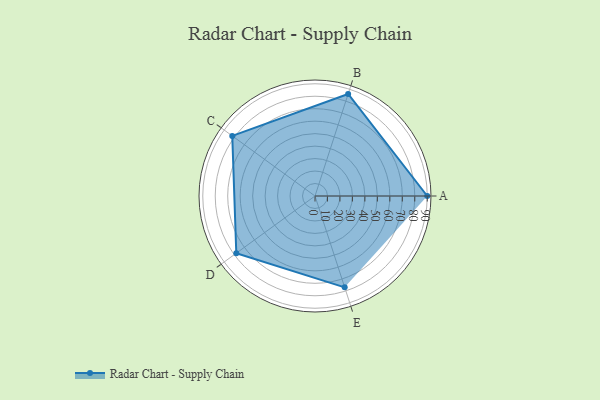
{"axis": {"x": "Skill", "y": "Score"}, "legend": ["Profile"], "data": [{"x": "A", "y": 90.0, "type": "Profile"}, {"x": "B", "y": 86.0, "type": "Profile"}, {"x": "C", "y": 82.0, "type": "Profile"}, {"x": "D", "y": 78.0, "type": "Profile"}, {"x": "E", "y": 77.0, "type": "Profile"}]}